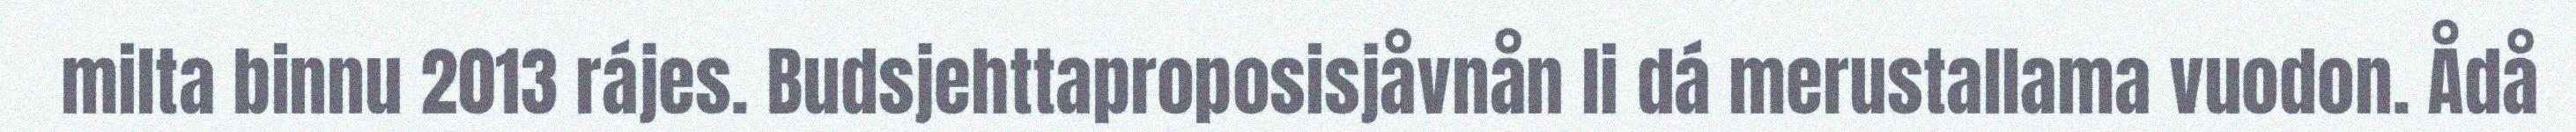
milta binnu 2013 rájes. Budsjehttaproposisjåvnån li dá merustallama vuodon. Ådå